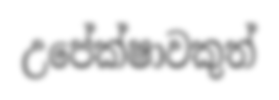
උපේක්ෂාවකුත්